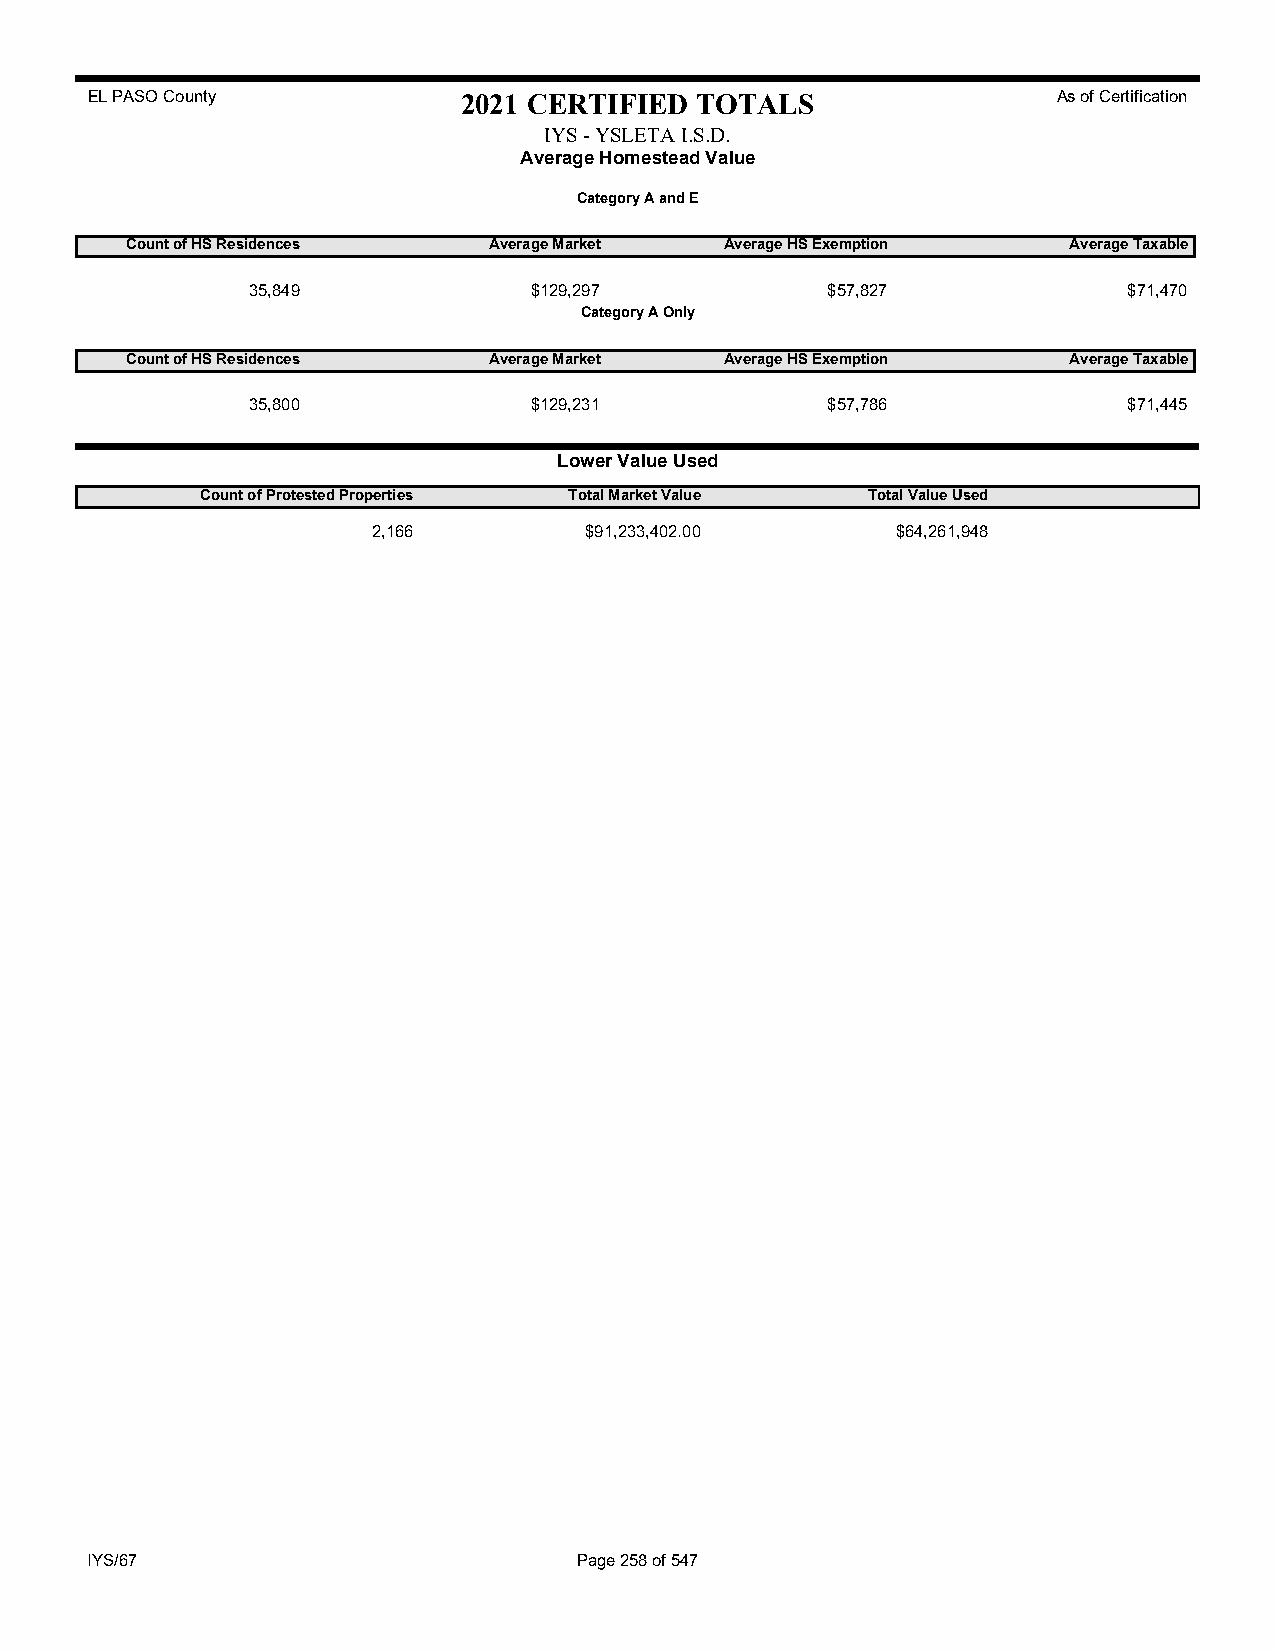
EL PASO County           2021 CERTIFIED TOTALS                  As of Certification
 IYS - YSLETA I.S.D.
 Average Homestead Value
 Category A and E
 Count of HS Residences  Average Market  Average HS Exemption   Average Taxable
 35,849             $129,297            $57,827             $71,470
 Category A Only
 Count of HS Residences  Average Market  Average HS Exemption   Average Taxable
 35,800             $129,231            $57,786             $71,445
 Lower Value Used
 Count of Protested Properties Total Market Value Total Value Used
 2,166         $91,233,402.00      $64,261,948
 IYS/67                          Page 258 of 547